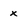
Character: x